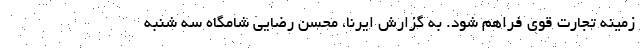
زمینه تجارت قوی فراهم شود. به گزارش ایرنا، محسن رضایی شامگاه سه شنبه